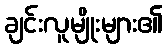
ချင်းလူမျိုးများ၏